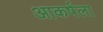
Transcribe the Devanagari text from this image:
आकर्षला